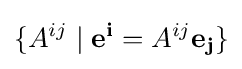
\{A^{ij}\mid \mathbf {e^{i}} =A^{ij}\mathbf {e_{j}} \}